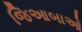
જિઆબાઓ